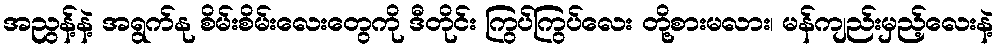
အညွန့်နဲ့ အရွက်နု စိမ်းစိမ်းလေးတွေကို ဒီတိုင်း ကြွပ်ကြွပ်လေး တို့စားမလား၊ မန်ကျည်းမှည့်လေးနဲ့